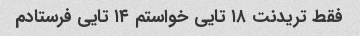
فقط تریدنت ۱۸ تایی خواستم ۱۴ تایی فرستادم